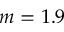
m = 1 . 9